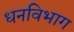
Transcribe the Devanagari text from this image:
धनविभाग